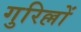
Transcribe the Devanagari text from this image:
गुरिल्लों